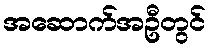
အဆောက်အဦတွင်